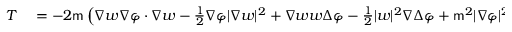
\begin{array} { r l } { T } & { { } = - 2 \mathsf { m } \left( \nabla w \nabla \varphi \cdot \nabla w - \frac { 1 } { 2 } \nabla \varphi | \nabla w | ^ { 2 } + \nabla w w \Delta \varphi - \frac { 1 } { 2 } | w | ^ { 2 } \nabla \Delta \varphi + \mathsf { m } ^ { 2 } | \nabla \varphi | ^ { 2 } \nabla \varphi | w | ^ { 2 } \right) } \end{array}